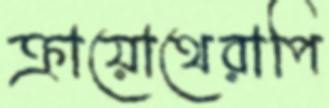
ক্রায়োথেরাপি